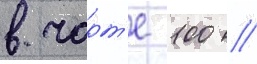
в чарт'е 100 //